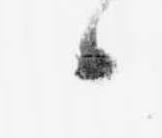
候